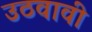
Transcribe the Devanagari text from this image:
उठवावी